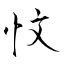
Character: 忟